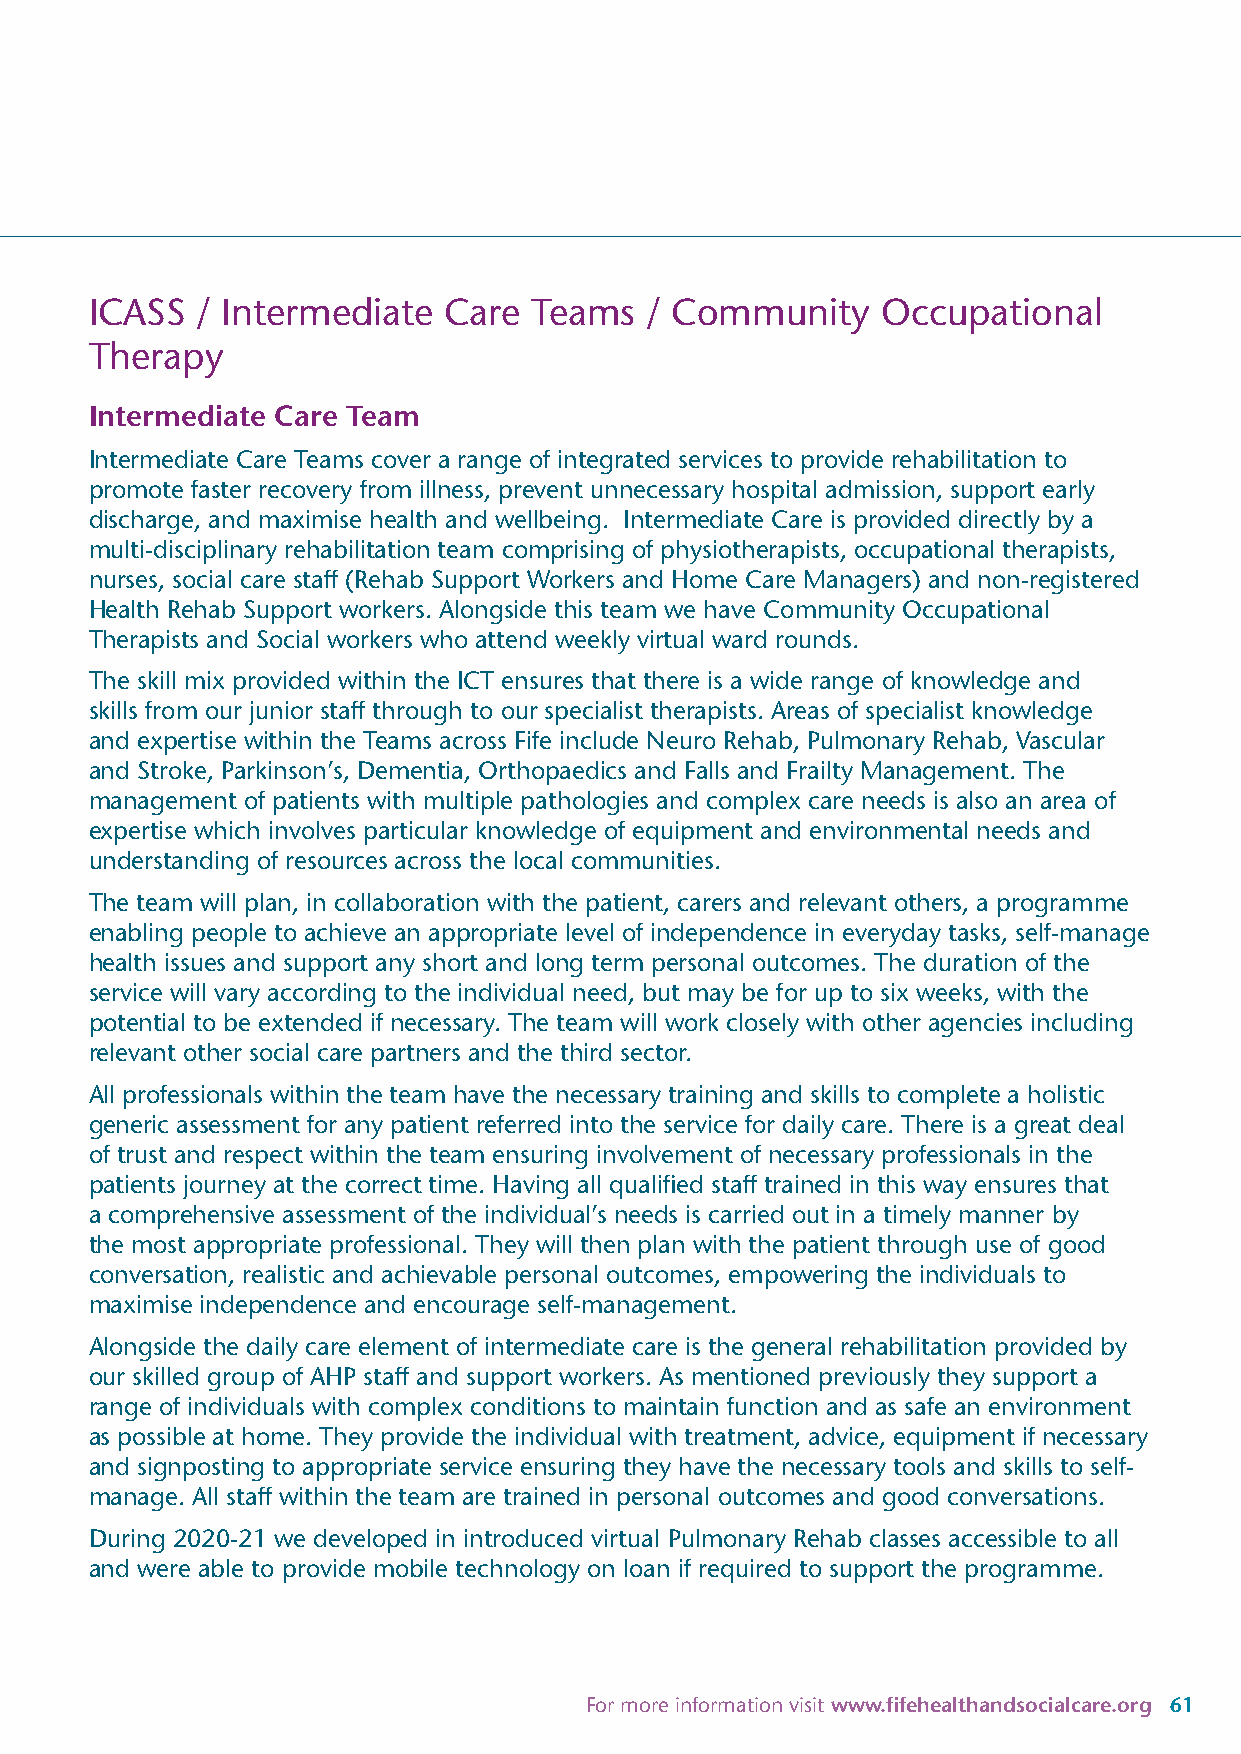
ICASS  / Intermediate  Care  Teams   / Community    Occupational
 Therapy
 Intermediate Care Team
 Intermediate Care Teams cover a range of integrated services to provide rehabilitation to
 promote faster recovery from illness, prevent unnecessary hospital admission, support early
 discharge, and maximise health and wellbeing. Intermediate Care is provided directly by a
 multi-disciplinary rehabilitation team comprising of physiotherapists, occupational therapists,
 nurses, social care staff (Rehab Support Workers and Home Care Managers) and non-registered
 Health Rehab Support workers. Alongside this team we have Community Occupational
 Therapists and Social workers who attend weekly virtual ward rounds.
 The skill mix provided within the ICT ensures that there is a wide range of knowledge and
 skills from our junior staff through to our specialist therapists. Areas of specialist knowledge
 and expertise within the Teams across Fife include Neuro Rehab, Pulmonary Rehab, Vascular
 and Stroke, Parkinson’s, Dementia, Orthopaedics and Falls and Frailty Management. The
 management of patients with multiple pathologies and complex care needs is also an area of
 expertise which involves particular knowledge of equipment and environmental needs and
 understanding of resources across the local communities.
 The team will plan, in collaboration with the patient, carers and relevant others, a programme
 enabling people to achieve an appropriate level of independence in everyday tasks, self-manage
 health issues and support any short and long term personal outcomes. The duration of the
 service will vary according to the individual need, but may be for up to six weeks, with the
 potential to be extended if necessary. The team will work closely with other agencies including
 relevant other social care partners and the third sector.
 All professionals within the team have the necessary training and skills to complete a holistic
 generic assessment for any patient referred into the service for daily care. There is a great deal
 of trust and respect within the team ensuring involvement of necessary professionals in the
 patients journey at the correct time. Having all qualified staff trained in this way ensures that
 a comprehensive assessment of the individual’s needs is carried out in a timely manner by
 the most appropriate professional. They will then plan with the patient through use of good
 conversation, realistic and achievable personal outcomes, empowering the individuals to
 maximise independence and encourage self-management.
 Alongside the daily care element of intermediate care is the general rehabilitation provided by
 our skilled group of AHP staff and support workers. As mentioned previously they support a
 range of individuals with complex conditions to maintain function and as safe an environment
 as possible at home. They provide the individual with treatment, advice, equipment if necessary
 and signposting to appropriate service ensuring they have the necessary tools and skills to self-
 manage. All staff within the team are trained in personal outcomes and good conversations.
 During 2020-21 we developed in introduced virtual Pulmonary Rehab classes accessible to all
 and were able to provide mobile technology on loan if required to support the programme.
 For more information visit www.fifehealthandsocialcare.org 61